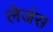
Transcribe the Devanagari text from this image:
लेजंस